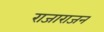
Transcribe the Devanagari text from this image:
राजाराजन